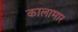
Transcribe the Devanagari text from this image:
कालामार